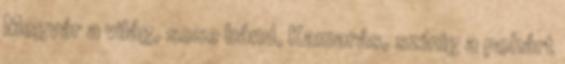
Megvár a világ, sose bánd, Kamarás, színig a pohárt